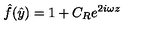
\hat { f } ( \hat { y } ) = 1 + C _ { R } e ^ { 2 i \omega z }